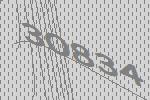
30834